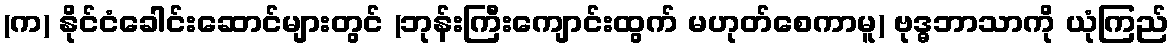
(က) နိုင်ငံခေါင်းဆောင်များတွင် (ဘုန်းကြီးကျောင်းထွက် မဟုတ်စေကာမူ) ဗုဒ္ဓဘာသာကို ယုံကြည်